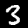
Digit: 3